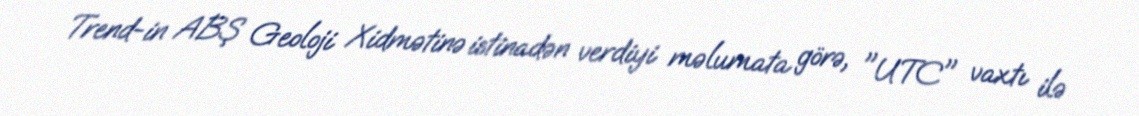
Trend-in ABŞ Geoloji Xidmətinə istinadən verdiyi məlumata görə, "UTC" vaxtı ilə